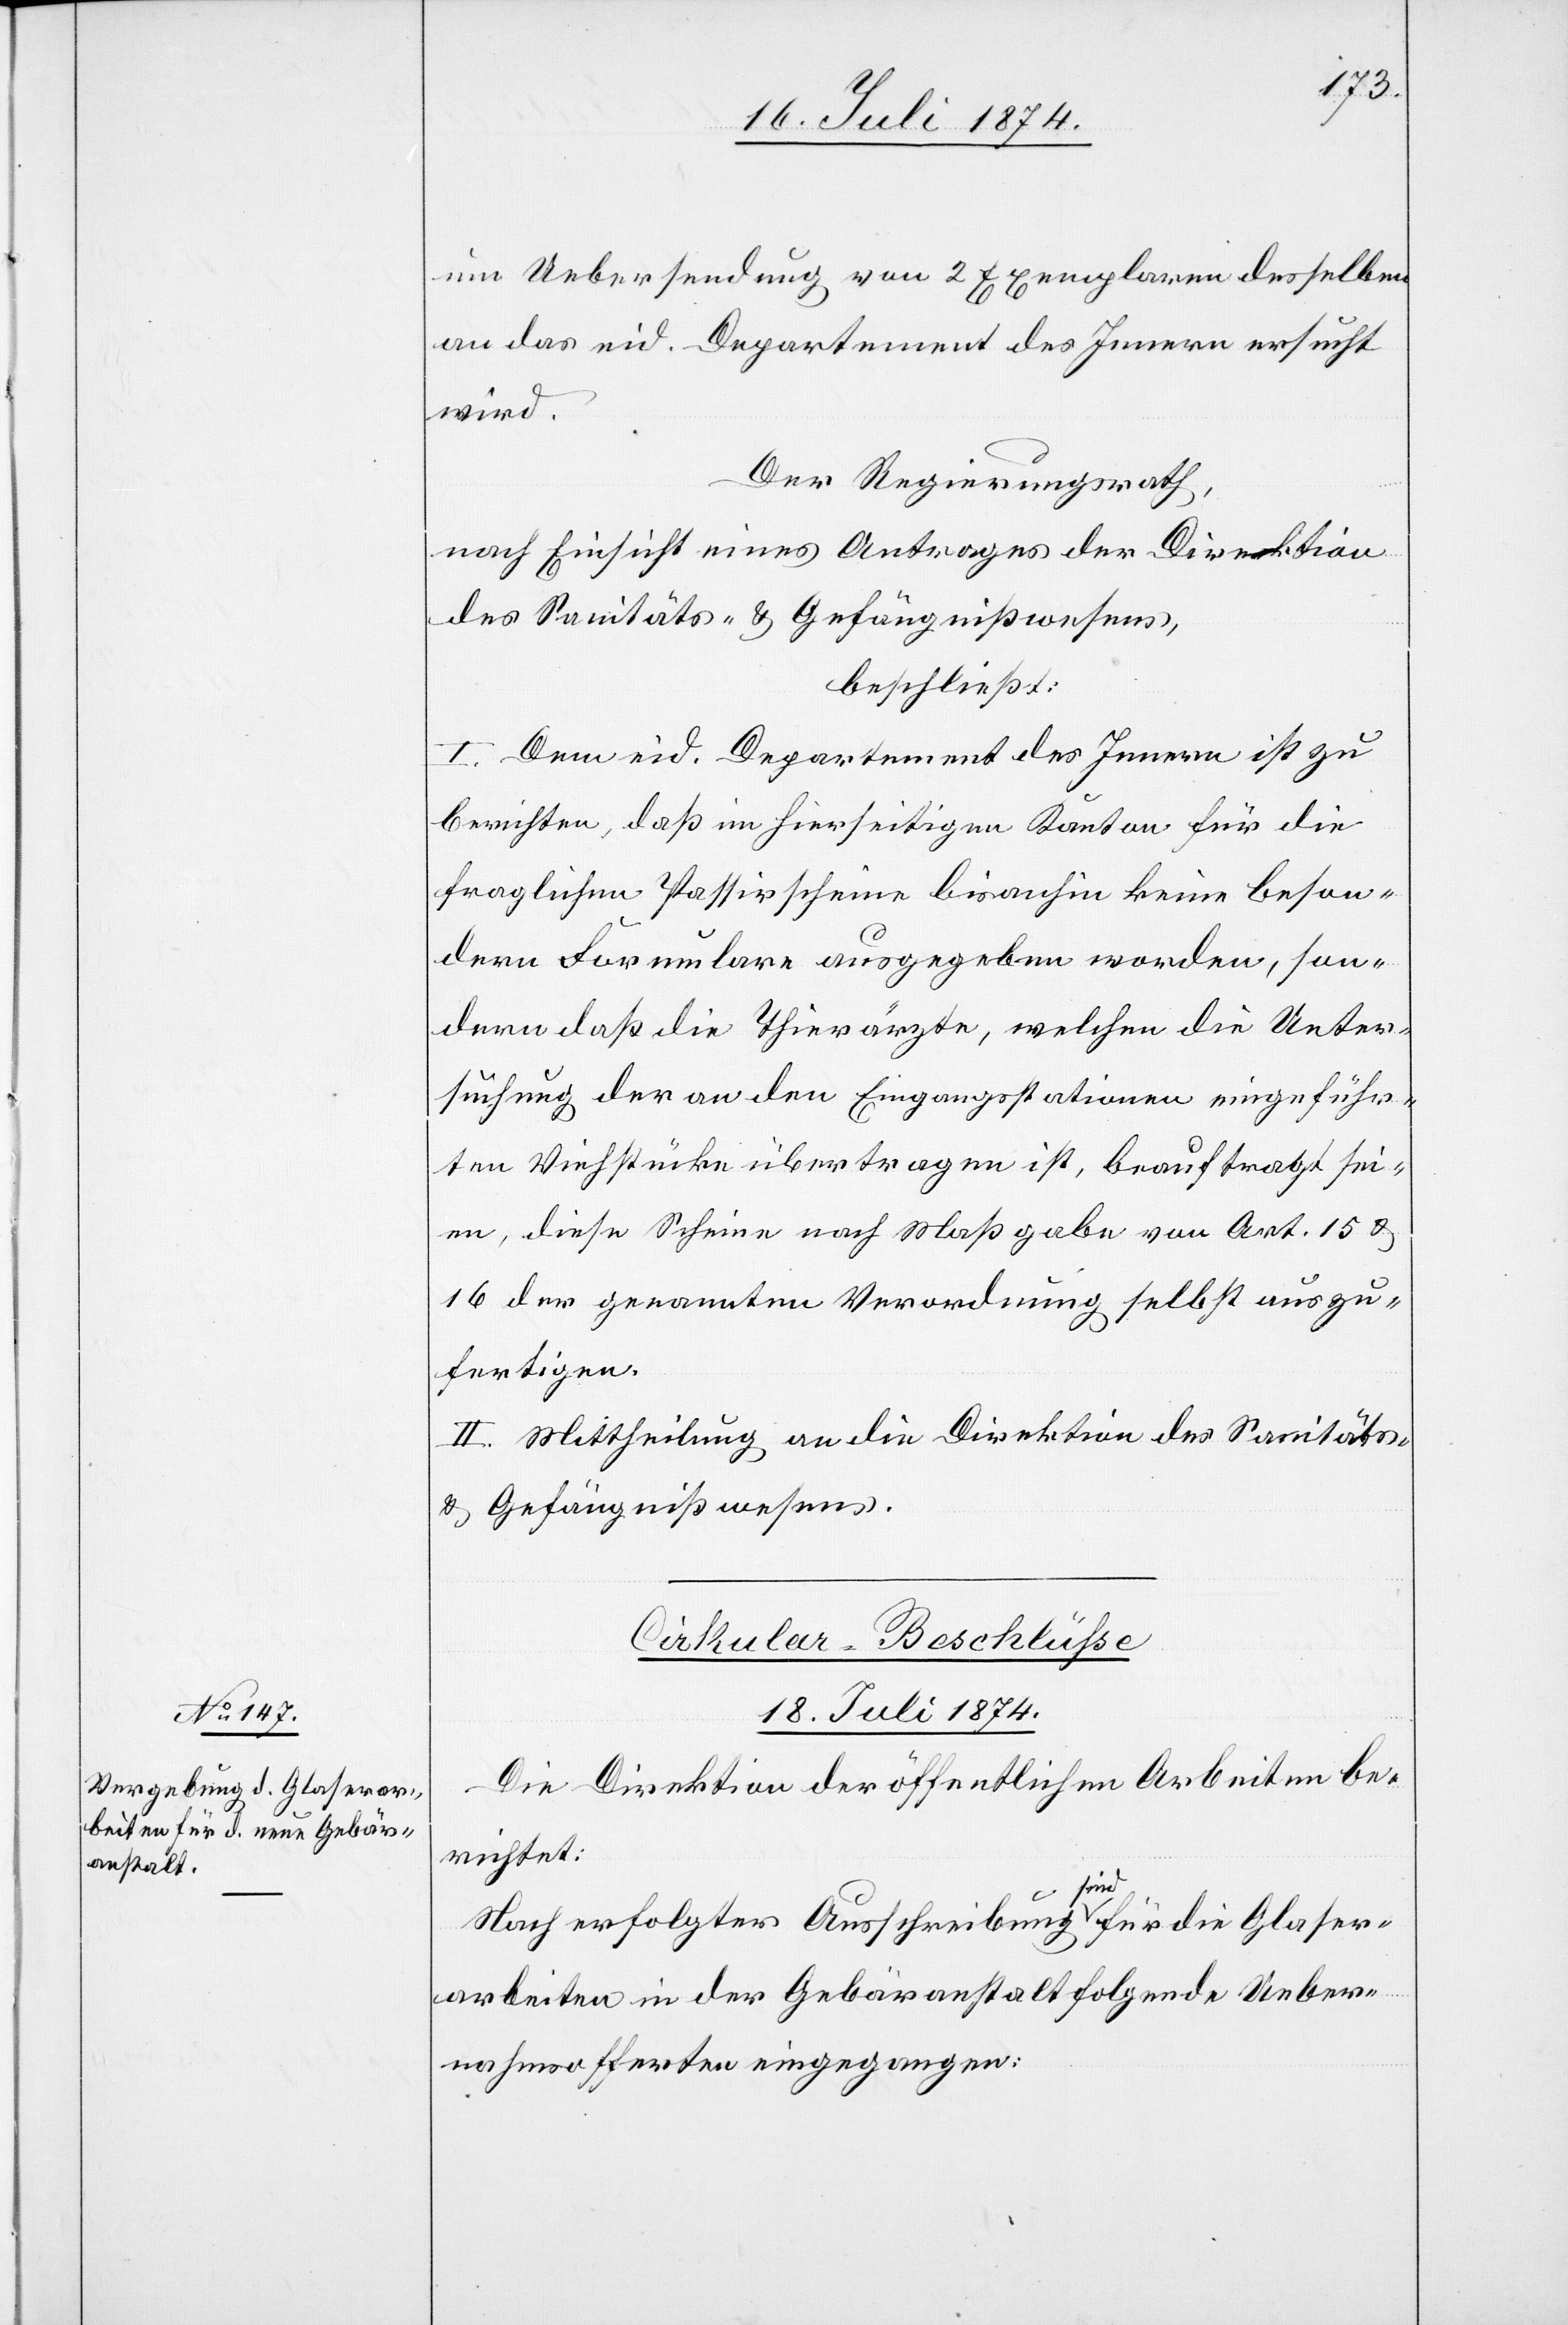
um Uebersendung von 2 Exemplaren desselben
an das eid. Departement des Innern ersucht
wird.
Der Regierungsrath,
nach Einsicht eines Antrages der Direktion
des Sanitäts- u. Gefängnißwesens,
beschließt:
I. Dem eid. Departement des Innern ist zu
berichten, daß im hierseitigen Kanton für die
fraglichen Passirscheine bisanhin keine beson¬
dern Formulare ausgegeben worden, son¬
dern daß die Thierärzte, welchen die Unter¬
suchung der an den Eingangsstationen eingeführ¬
ten Viehstücke übertragen ist, beauftragt sei¬
en, diese Scheine nach Maßgabe von Art. 15 u.
16 der genannten Verordnung selbst auszu¬
fertigen.
II. Mittheilung an die Direktion des Sanitäts-
u. Gefängnißwesens.
Cirkular-Beschlüße
[18. Juli 1874.]
Die Direktion der öffentlichen Arbeiten be¬
richtet:
Nach erfolgter Ausschreibung sind für die Glaser¬
arbeiten in der Gebäranstalt folgende Ueber¬
nahmsofferten eingegangen: